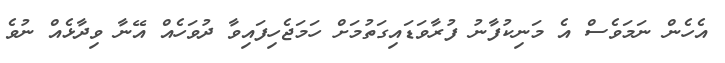
އެހެން ނަމަވެސް އެ މަނިކުފާނު ފުރާވަޑައިގަތުމަށް ހަމަޖެހިފައިވާ ދުވަހެއް އޭނާ ވިދާޅެއް ނުވެ